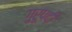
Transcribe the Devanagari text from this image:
गुरूपदी